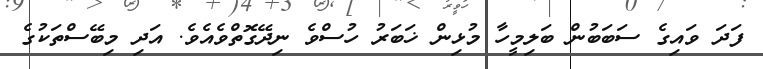
ފަދަ ވައިގެ ސަބަބުން ބަލިމީހާ މުޅިން ޚަބަރު ހުސްވެ ނިދޭގޮތްވެއެވެ. އަދި މިބޭސްތަކުގެ